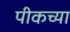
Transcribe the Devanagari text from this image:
पीकच्या